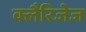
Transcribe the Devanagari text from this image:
क्लैरिजेज